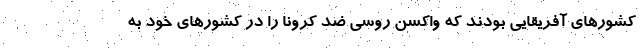
کشورهای آفریقایی بودند که واکسن روسی ضد کرونا را در کشورهای خود به